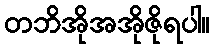
တဘိအိုအအိုဇိုရပါ။